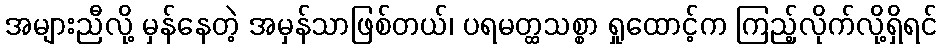
အများညီလို့ မှန်နေတဲ့ အမှန်သာဖြစ်တယ်၊ ပရမတ္ထသစ္စာ ရှုထောင့်က ကြည့်လိုက်လို့ရှိရင်